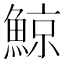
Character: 鯨